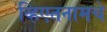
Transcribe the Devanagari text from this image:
व्हिएतनामचे